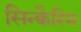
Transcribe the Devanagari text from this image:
सिन्क्वैरिम